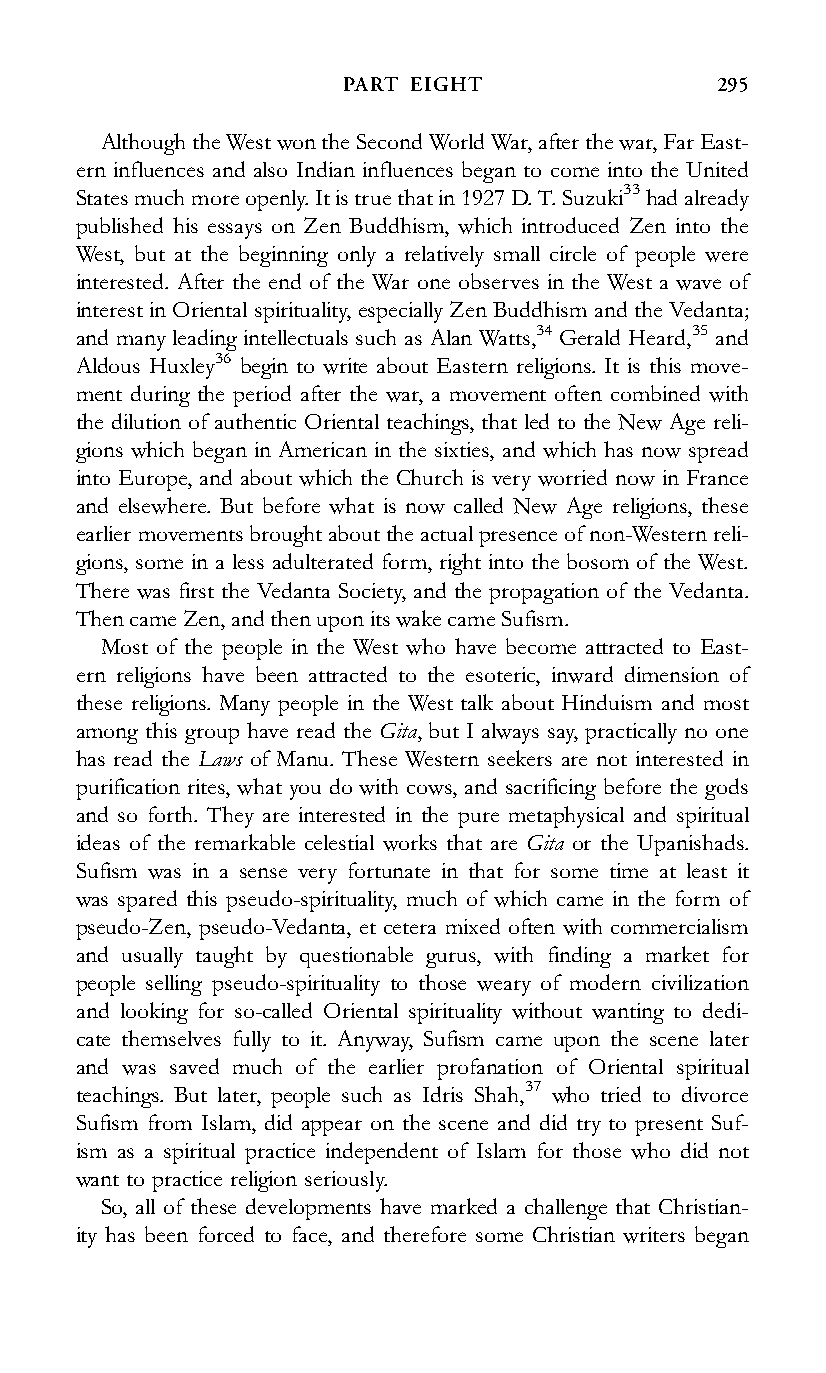
PART EIGHT               295
 AlthoughtheWestwontheSecondWorldWar,afterthewar,FarEast-
 ern influences and also Indian influences began to come into the United
 Statesmuchmoreopenly.Itistruethatin1927D.T.Suzuki33hadalready
 published his essays on Zen Buddhism, which introduced Zen into the
 West, but at the beginning only a relatively small circle of people were
 interested. After the end of the War one observes in the West a wave of
 interest in Oriental spirituality, especially Zen Buddhism and the Vedanta;
 and many leading intellectuals such as Alan Watts,34 Gerald Heard,35 and
 Aldous Huxley36 begin to write about Eastern religions. It is this move-
 ment during the period after the war, a movement often combined with
 the dilution of authentic Oriental teachings, that led to the New Age reli-
 gions which began in American in the sixties, and which has now spread
 into Europe, and about which the Church is very worried now in France
 and elsewhere. But before what is now called New Age religions, these
 earlier movementsbroughtabouttheactualpresenceofnon-Westernreli-
 gions, some in a less adulterated form, right into the bosom of the West.
 There was first the Vedanta Society, and the propagation of the Vedanta.
 ThencameZen,andthenuponitswakecameSufism.
 Most of the people in the West who have become attracted to East-
 ern religions have been attracted to the esoteric, inward dimension of
 these religions. Many people in the West talk about Hinduism and most
 among this group have read the Gita, but I always say, practically no one
 has read the Laws of Manu. These Western seekers are not interested in
 purification rites, what you do with cows, and sacrificing before the gods
 and so forth. They are interested in the pure metaphysical and spiritual
 ideas of the remarkable celestial works that are Gita or the Upanishads.
 Sufism was in a sense very fortunate in that for some time at least it
 was spared this pseudo-spirituality, much of which came in the form of
 pseudo-Zen, pseudo-Vedanta, et cetera mixed often with commercialism
 and usually taught by questionable gurus, with finding a market for
 people selling pseudo-spirituality to those weary of modern civilization
 and looking for so-called Oriental spirituality without wanting to dedi-
 cate themselves fully to it. Anyway, Sufism came upon the scene later
 and was saved much of the earlier profanation of Oriental spiritual
 teachings. But later, people such as Idris Shah,37 who tried to divorce
 Sufism from Islam, did appear on the scene and did try to present Suf-
 ism as a spiritual practice independent of Islam for those who did not
 want to practice religion seriously.
 So, all of these developments have marked a challenge that Christian-
 ity has been forced to face, and therefore some Christian writers began